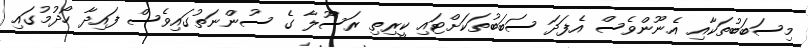
މިސަބަބުތަކާއި އެނޫންވެސް އެފަދަ ސަބަބުތަކަށްޓައި ކީރިތި ރަސޫލާ ގެ ސުންނަތުގައިވެސް ފައިދާ ހޯދުމުގައި